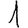
Digit: 1